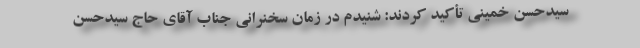
سیدحسن خمینی تأکید کردند: شنیدم در زمان سخنرانی جناب آقای حاج سیدحسن